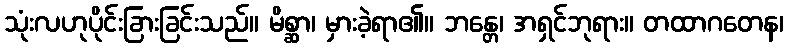
သုံးလဟုပိုင်းခြားခြင်းသည်။ မိစ္ဆာ၊ မှားခဲ့ရာ၏။ ဘန္တေ၊ အရှင်ဘုရား။ တထာဂတေန၊